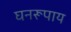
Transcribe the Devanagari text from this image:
घनरूपाय